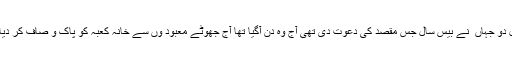
رسول دو جہاں ۖ نے بیس سال جس مقصد کی دعوت دی تھی آج وہ دن آگیا تھا آج جھوٹے معبود وں سے خانہ کعبہ کو پاک و صاف کر دیا گیا ۔